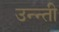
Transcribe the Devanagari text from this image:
उन्न्ती